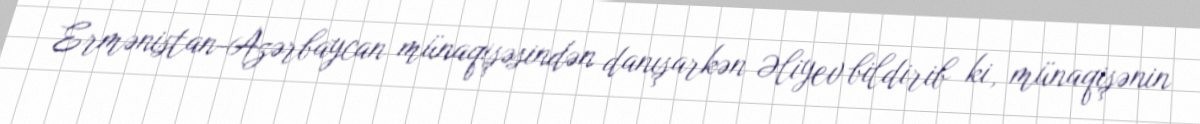
Ermənistan-Azərbaycan münaqişəsindən danışarkən Əliyev bildirib ki, münaqişənin